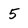
Character: 5